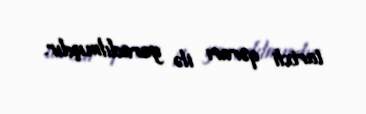
tarixli qərarı ilə yaradılmışdır.